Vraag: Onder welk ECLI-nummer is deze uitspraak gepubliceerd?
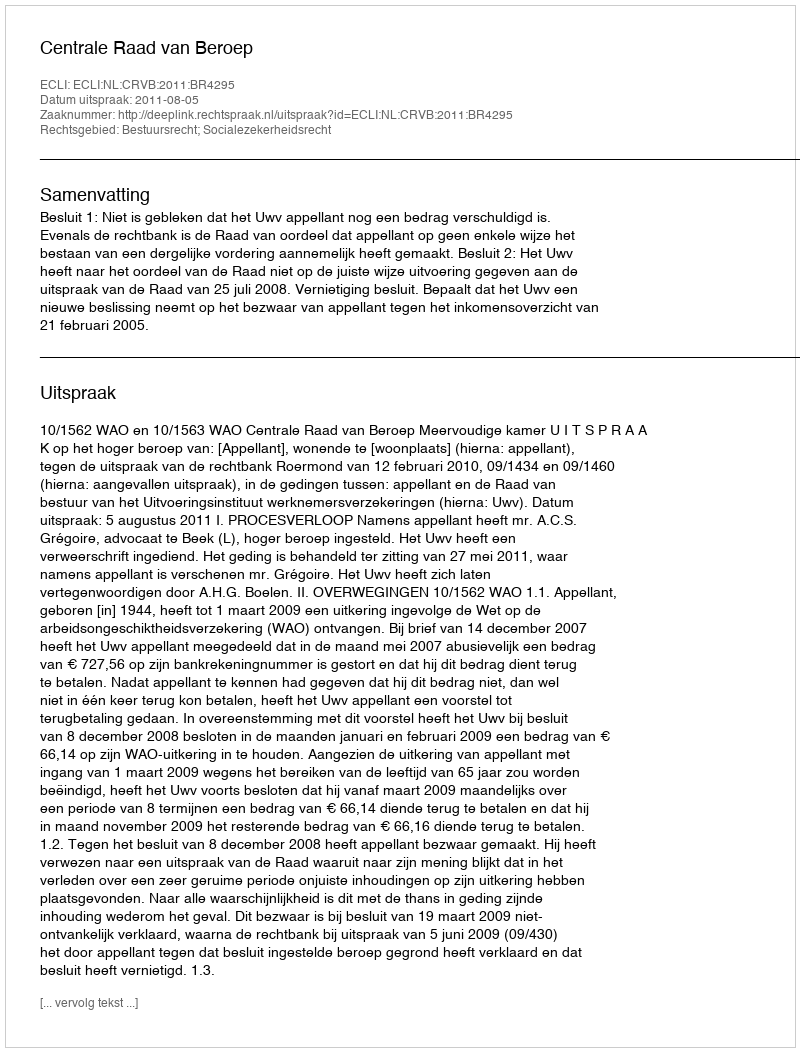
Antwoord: ECLI:NL:CRVB:2011:BR4295